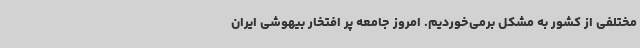
مختلفی از کشور به مشکل برمی‌خوردیم. امروز جامعه پر افتخار بیهوشی ایران